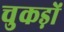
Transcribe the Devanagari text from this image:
चुकड़ों